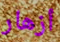
أزهار